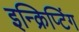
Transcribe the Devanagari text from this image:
इन्क्रिप्टिंग